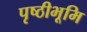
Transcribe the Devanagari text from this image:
पृष्ठीभूमि